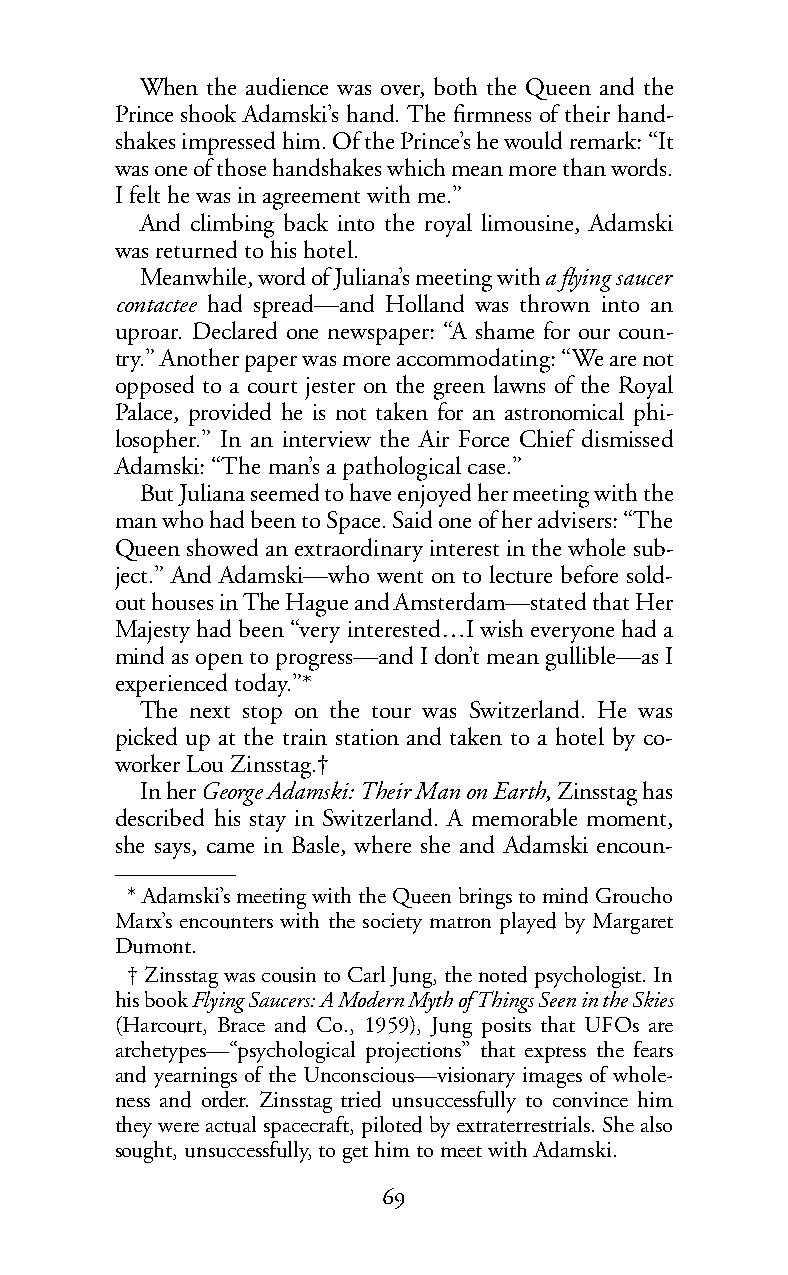
When the audience was over, both the Queen and the
 Prince shook Adamski’s hand. The firmness of their hand-
 shakes impressed him. Of the Prince’s he would remark: “It
 was one of those handshakes which mean more than words.
 Ifelt he was in agreement with me.”
 And climbing back into the royal limousine, Adamski
 was returned to his hotel.
 Meanwhile, word of Juliana’s meeting withaflying saucer
 contactee had spread—and Holland was thrown into an
 uproar. Declared one newspaper: “A shame for our coun-
 try.” Another paper was more accommodating: “We are not
 opposed to a court jester on the green lawns of the Royal
 Palace, provided he is not taken for an astronomical phi-
 losopher.” In an interview the Air Force Chief dismissed
 Adamski: “The man’s a pathological case.”
 But Juliana seemed to have enjoyed her meeting with the
 man who had been to Space. Said one of her advisers: “The
 Queen showed an extraordinary interest in the whole sub-
 ject.” And Adamski—who went on to lecture before sold-
 outhousesin The Hague and Amsterdam—stated that Her
 Majesty had been “very interested…I wish everyone had a
 mind as open to progress—and I don’t mean gullible—as I
 experienced today.”*
 The next stop on the tour was Switzerland. He was
 picked up at the train station and taken to a hotel by co-
 worker Lou Zinsstag.†
 InherGeorge Adamski: Their Man on Earth,Zinsstag has
 described his stay in Switzerland. A memorable moment,
 she says, came in Basle, where she and Adamski encoun-
 *Adamski’s meeting with the Queen brings to mind Groucho
 Marx’s encounters with the society matron played by Margaret
 Dumont.
 †Zinsstag was cousin to Carl Jung, the noted psychologist. In
 his bookFlying Saucers: A Modern Myth of Things Seen in the Skies
 (Harcourt, Brace and Co., 1959), Jung posits that UFOs are
 archetypes—“psychological projections” that express the fears
 and yearnings of the Unconscious—visionary images of whole-
 ness and order. Zinsstag tried unsuccessfully to convince him
 they were actual spacecraft, piloted by extraterrestrials. She also
 sought, unsuccessfully, to get him to meet with Adamski.
 